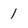
Character: 1